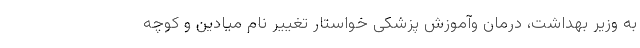
به وزیر بهداشت، درمان وآموزش پزشکی خواستار تغییر نام میادین و کوچه